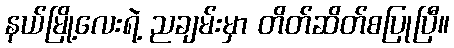
နယ်မြို့လေးရဲ့ ညချမ်းမှာ တိတ်ဆိတ်စပြုပြီ။